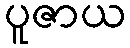
ပူဇာယ